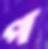
প